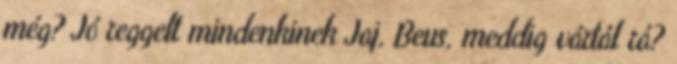
még? Jó reggelt mindenkinek Jaj, Beus, meddig vártál rá?